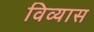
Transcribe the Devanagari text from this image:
विव्यास